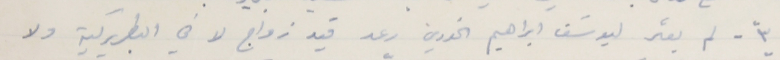
٣ ً - لم يعثر ليوسَف ابراهيم الخوري رعد قيد زواج لا في البطريركية ولا